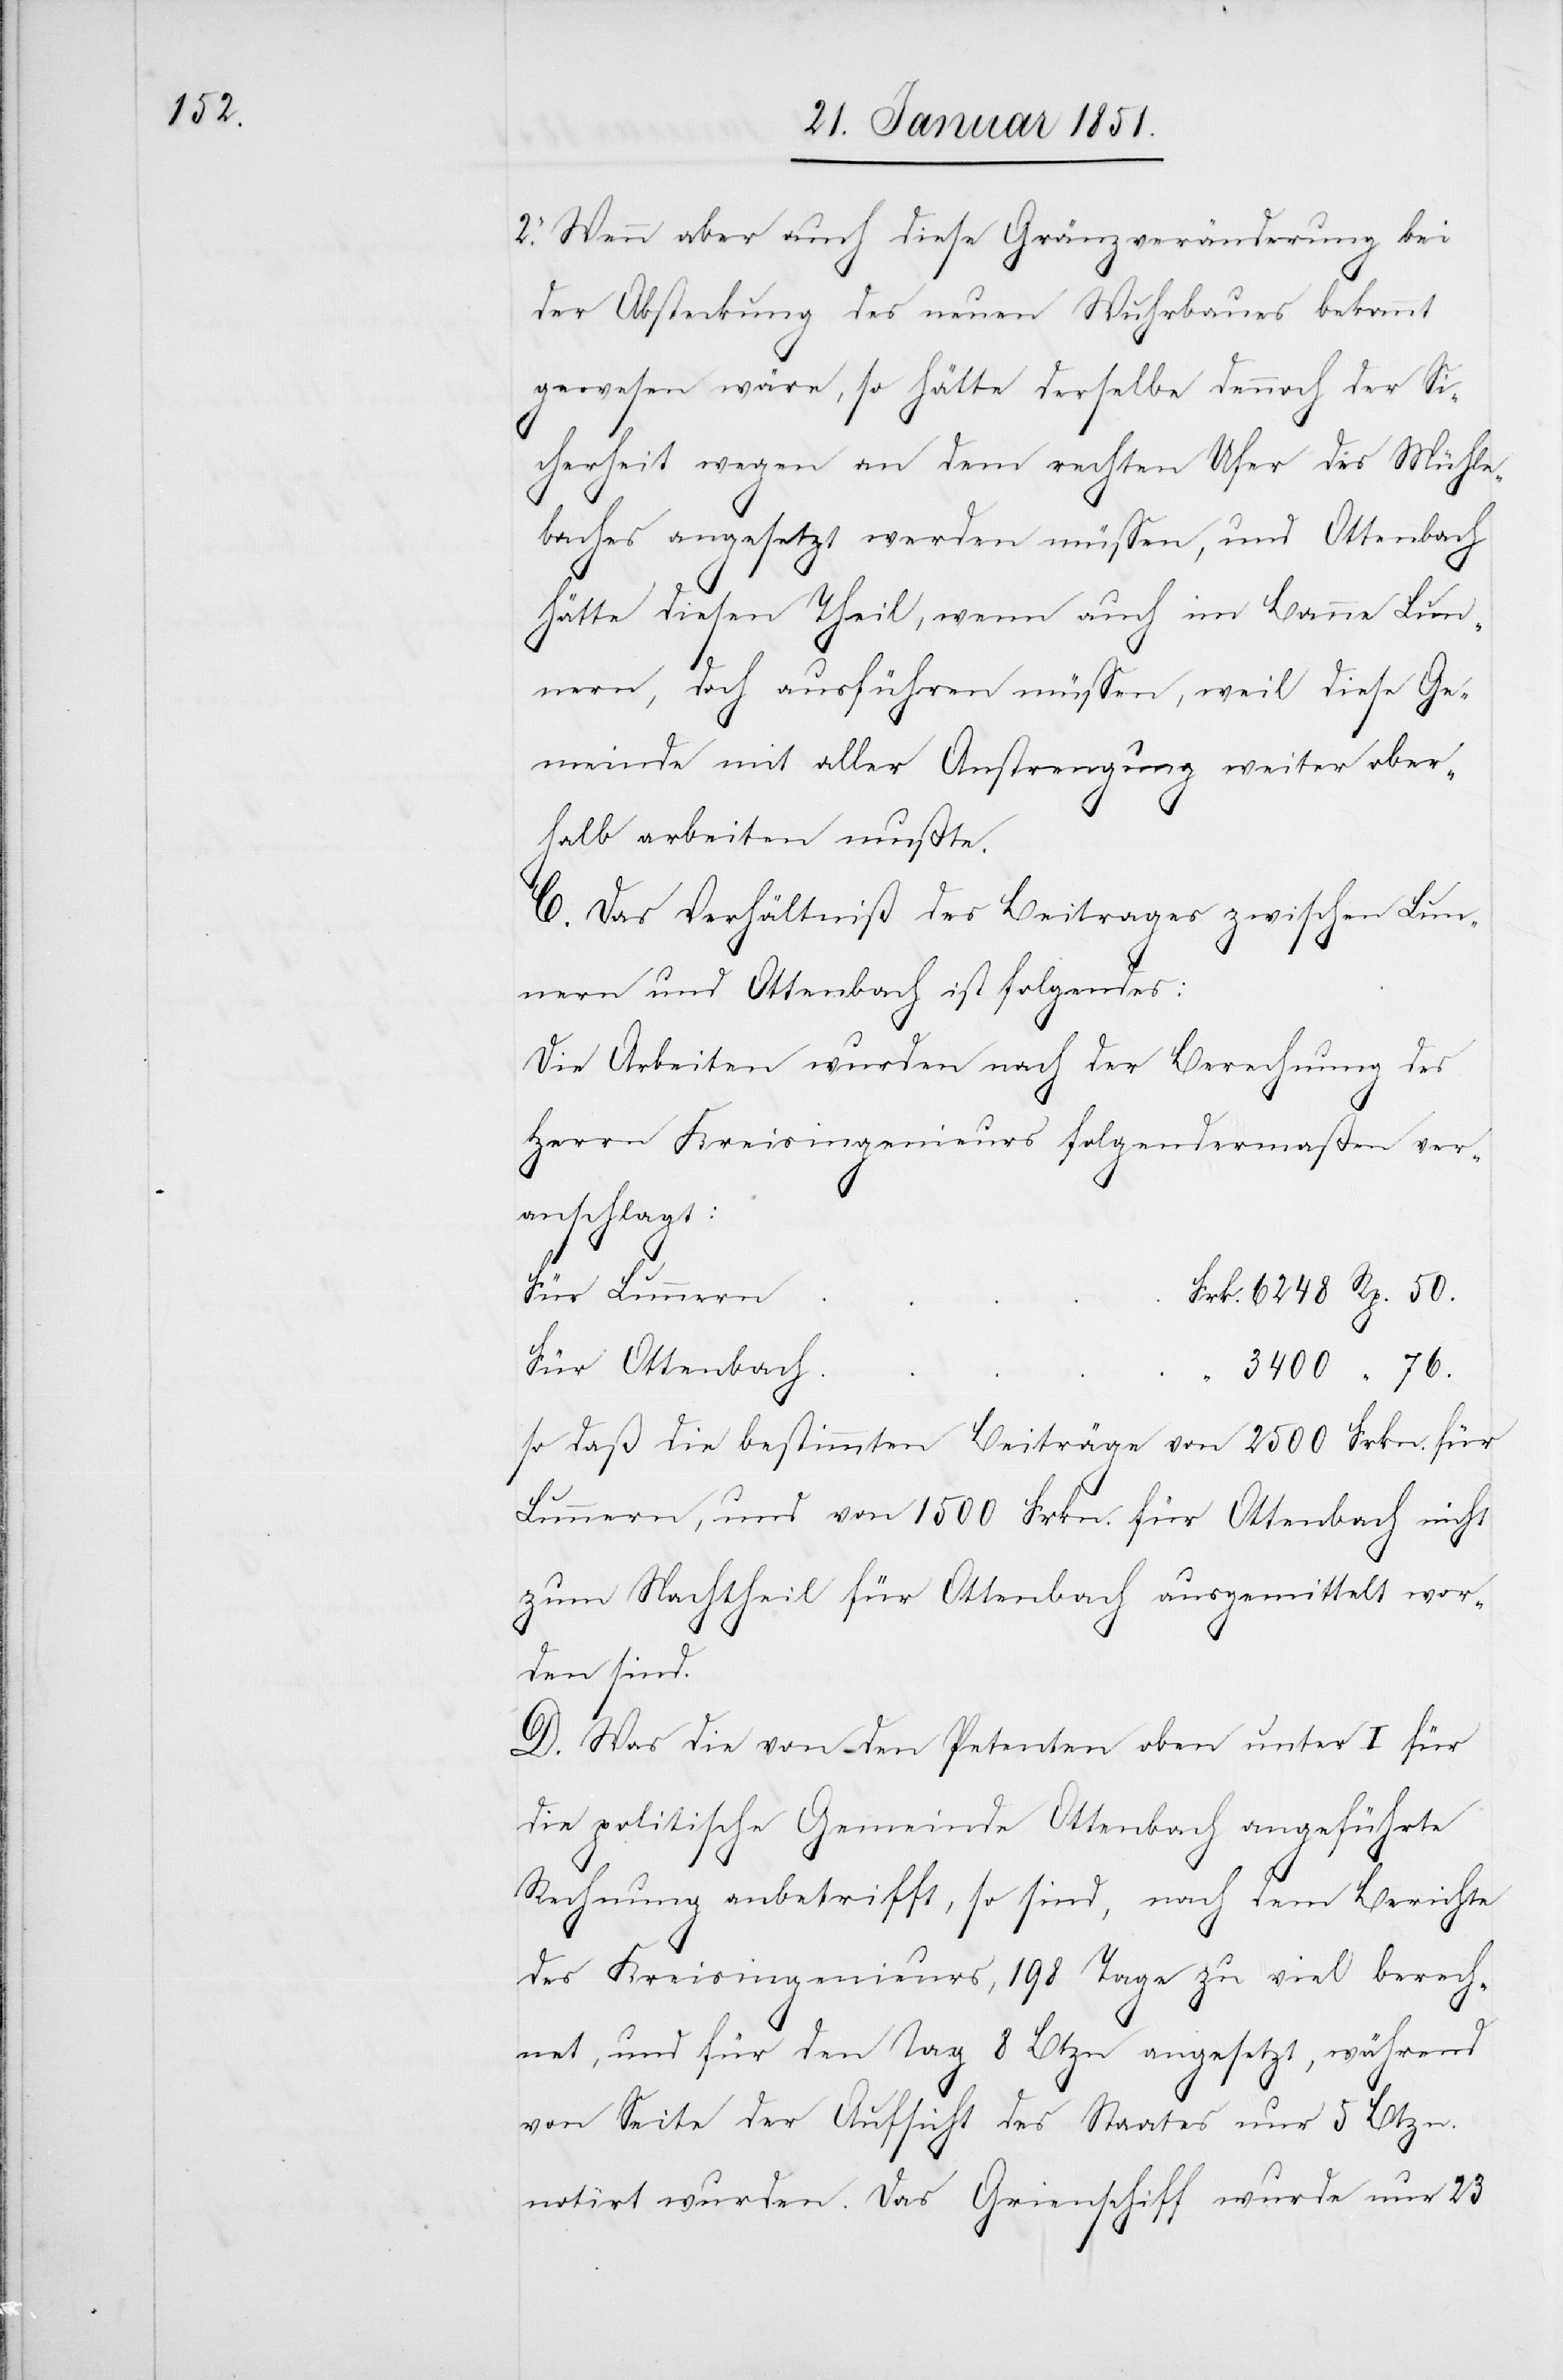
Wenn aber auch diese Gränzveränderung bei
der Absteckung des neuen Wuhrbaues bekannt
gewesen wäre, so hätte derselbe dennoch der Si¬
2.
cherheit wegen an dem rechten Ufer des Mühle¬
baches angesetzt werden müssen, und Ottenbach
hätte diesen Theil, wenn auch im Banne Lun¬
nern, doch ausführen müssen, weil diese Ge¬
meinde mit aller Anstrengung weiter ober¬
halb arbeiten mußte.
C. Das Verhältniß des Beitrages zwischen Lun¬
nern und Ottenbach ist folgendes:
Die Arbeiten wurden nach der Berechnung des
Herrn Kreisingenieurs folgendermaßen ver¬
anschlagt:
Für Lunnern
Für Ottenbach
so daß die bestimmten Beiträge von 2500 Frkn. für
Lunnern, und von 1500 Frkn. für Ottenbach nicht
zum Nachtheil für Ottenbach ausgemittelt wor¬
den sind.
D. Was die von den Petenten oben unter I für
die politische Gemeinde Ottenbach angeführte
76.
Rechnung anbetrifft, so sind, nach dem Berichte
des Kreisingenieurs, 198 Tage zu viel berech¬
net, und für den Tag 8 Btzn angesetzt, während
von Seite der Aufsicht des Staates nur 5 Btzn.
notirt wurden. Das Grienschiff wurde nur 23